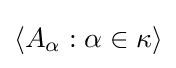
\langle A_{\alpha }:\alpha \in \kappa \rangle